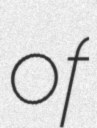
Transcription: of